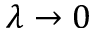
\lambda \rightarrow 0